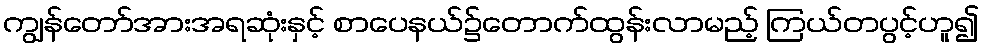
ကျွန်တော်အားအရဆုံးနှင့် စာပေနယ်၌တောက်ထွန်းလာမည့် ကြယ်တပွင့်ဟူ၍